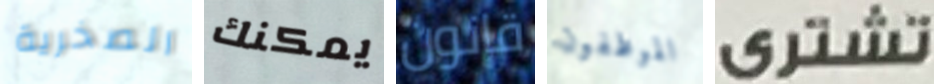
الصخرية يمكنك قانون الموظفون تشترى